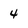
Character: 4